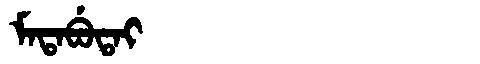
Manchu: ᠮᠠᡨᠠᠪᡠᡨᠠᡳ
Romanization: MATABUTAI